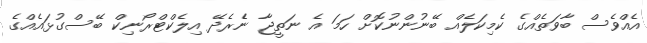
އެއްވެސް ބާވަތެއްގެ ކެމިކަލެއް ބޭނުންނުކޮށް ހަމަ އެ ނަތީޖާ ނެެރެދޭ އިލެކްޓްރޯނިކް ބޭސްގުޅައެއްގެ